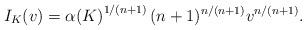
LaTeX: \begin{align*}I_K(v)={\alpha(K)}^{1/(n+1)}\,(n+1)^{n/(n+1)}v^{n/(n+1)}.\end{align*}